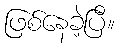
ဖြစ်နေခဲ့ပြီ။